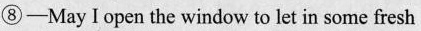
⑧-May I open the window to let in some fresh